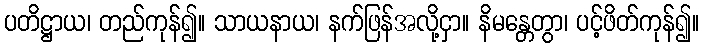
ပတိဋ္ဌာယ၊ တည်ကုန်၍။ သာယနာယ၊ နက်ဖြန်အလို့ငှာ။ နိမန္တေတွာ၊ ပင့်ဖိတ်ကုန်၍။